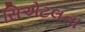
સિએટલના